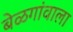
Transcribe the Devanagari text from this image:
बेळगांवाला